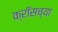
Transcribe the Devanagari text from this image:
क्रॉसच्या